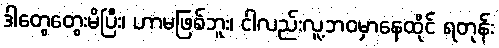
ဒါတွေတွေးမိပြီး၊ ဟာမဖြစ်ဘူး၊ ငါလည်းလူ့ဘဝမှာနေထိုင် ရတုန်း